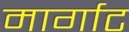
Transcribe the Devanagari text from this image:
मार्गाट